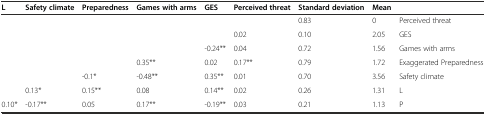
<table><thead><tr><td><b>L</b></td><td><b>Safety climate</b></td><td><b>Preparedness</b></td><td><b>Games with arms</b></td><td><b>GES</b></td><td><b>Perceived threat</b></td><td><b>Standard deviation</b></td><td><b>Mean</b></td><td></td></tr></thead><tbody><tr><td></td><td></td><td></td><td></td><td></td><td></td><td>0.83</td><td>0</td><td>Perceived threat</td></tr><tr><td></td><td></td><td></td><td></td><td></td><td>0.02</td><td>0.10</td><td>2.05</td><td>GES</td></tr><tr><td></td><td></td><td></td><td></td><td>-0.24**</td><td>0.04</td><td>0.72</td><td>1.56</td><td>Games with arms</td></tr><tr><td></td><td></td><td></td><td>0.35**</td><td>0.02</td><td>0.17**</td><td>0.79</td><td>1.72</td><td>Exaggerated Preparedness</td></tr><tr><td></td><td></td><td>-0.1*</td><td>-0.48**</td><td>0.35**</td><td>0.01</td><td>0.70</td><td>3.56</td><td>Safety climate</td></tr><tr><td></td><td>0.13*</td><td>0.15**</td><td>0.08</td><td>0.14**</td><td>0.02</td><td>0.26</td><td>1.31</td><td>L</td></tr><tr><td>0.10*</td><td>-0.17**</td><td>0.05</td><td>0.17**</td><td>-0.19**</td><td>0.03</td><td>0.21</td><td>1.13</td><td>P</td></tr></tbody></table>